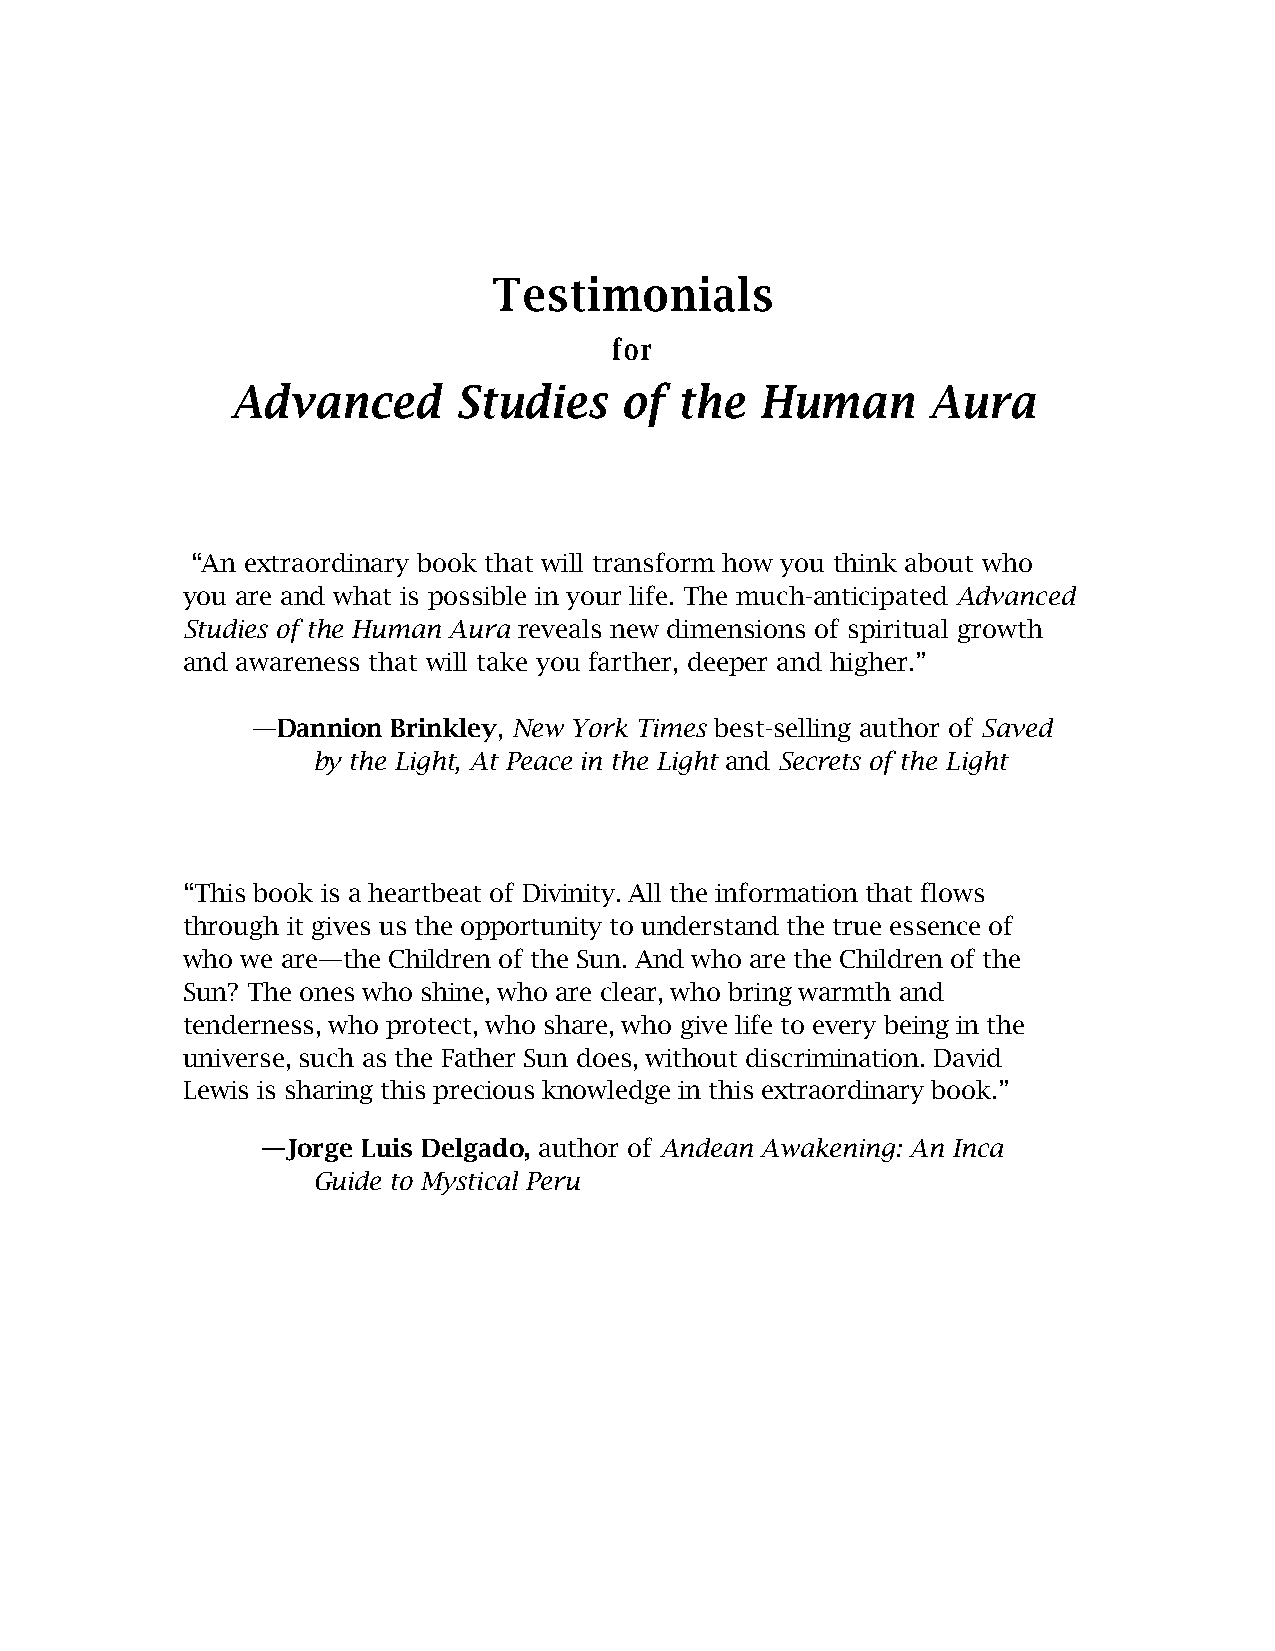
Testimonials
 for
 Advanced       Studies    of  the  Human       Aura
 “An extraordinary book that will transform how you think about who
 you are and what is possible in your life. The much-anticipated Advanced
 Studies of the Human Aura reveals new dimensions of spiritual growth
 and awareness that will take you farther, deeper and higher.”
 —Dannion Brinkley, New York Times best-selling author of Saved
 by the Light, At Peace in the Light and Secrets of the Light
 “This book is a heartbeat of Divinity. All the information that flows
 through it gives us the opportunity to understand the true essence of
 who we are—the Children of the Sun. And who are the Children of the
 Sun? The ones who shine, who are clear, who bring warmth and
 tenderness, who protect, who share, who give life to every being in the
 universe, such as the Father Sun does, without discrimination. David
 Lewis is sharing this precious knowledge in this extraordinary book.”
 —Jorge Luis Delgado, author of Andean Awakening: An Inca
 Guide to Mystical Peru